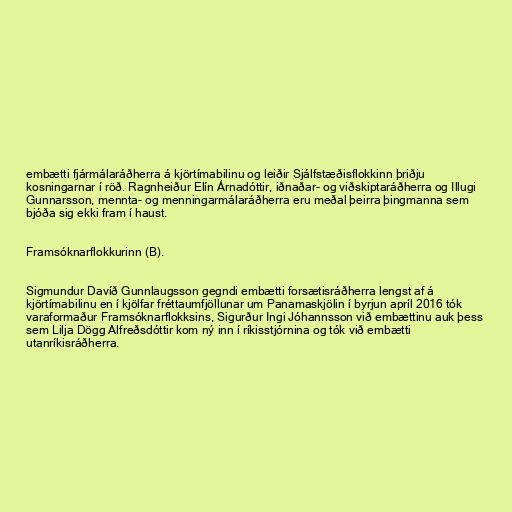
embætti fjármálaráðherra á kjörtímabilinu og leiðir Sjálfstæðisflokkinn þriðju
kosningarnar í röð. Ragnheiður Elín Árnadóttir, iðnaðar- og viðskiptaráðherra og Illugi
Gunnarsson, mennta- og menningarmálaráðherra eru meðal þeirra þingmanna sem
bjóða sig ekki fram í haust.

Framsóknarflokkurinn (B).

Sigmundur Davíð Gunnlaugsson gegndi embætti forsætisráðherra lengst af á
kjörtímabilinu en í kjölfar fréttaumfjöllunar um Panamaskjölin í byrjun apríl 2016 tók
varaformaður Framsóknarflokksins, Sigurður Ingi Jóhannsson við embættinu auk þess
sem Lilja Dögg Alfreðsdóttir kom ný inn í ríkisstjórnina og tók við embætti
utanríkisráðherra.